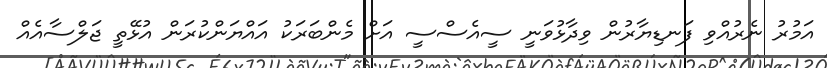
އަމުރު ނެރުއްވި ފަނޑިޔާރުން ވިދާޅުވަނީ ސީއެސްސީ އަށް މެންބަރަކު އައްޔަންކުރަން އުޅޭތީ ޖަލްސާއެއް